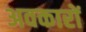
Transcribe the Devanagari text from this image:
अवकारों